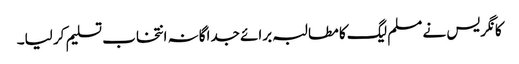
کانگریس نے مسلم لیگ کا مطالبہ برائے جداگانہ انتخاب تسلیم کر لیا۔